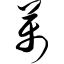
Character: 万